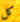
كل